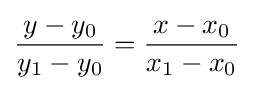
{\frac {y-y_{0}}{y_{1}-y_{0}}}={\frac {x-x_{0}}{x_{1}-x_{0}}}